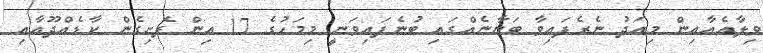
ވިލާއެއާއިން މިއަދު ނެރެފައިވާ ބަޔާނެއްގައި ބުނެފައިވަނީ މިމަހުގެ 17 އިން ފެށިގެން ކާޑެއްދޫއާއި